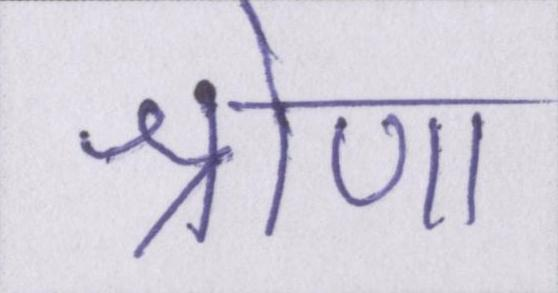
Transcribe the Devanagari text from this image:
श्रोण